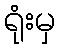
ရုံးမှ